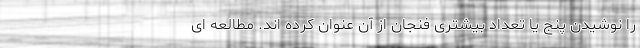
را نوشیدن پنج یا تعداد بیشتری فنجان از آن عنوان کرده اند. مطالعه ای